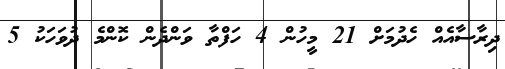
ދިރާސާއެއް ހެދުމަށް 21 މީހުން 4 ހަފްތާ ވަންދެން ކޮންމެ ދުވަހަކު 5